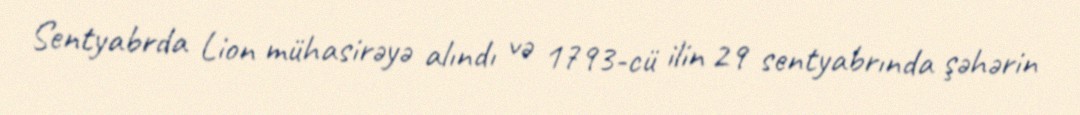
Sentyabrda Lion mühasirəyə alındı və 1793-cü ilin 29 sentyabrında şəhərin